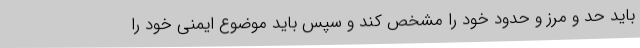
باید حد و مرز و حدود خود را مشخص کند و سپس باید موضوع ایمنی خود را